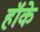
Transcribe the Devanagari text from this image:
हॉके